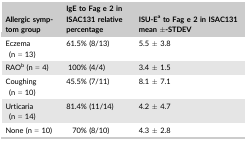
<table><thead><tr><td><b>Allergic symptom group</b></td><td><b>IgE to Fag e 2 in ISAC131 relative percentage</b></td><td><b>ISU‐Ea to Fag e 2 in ISAC131 mean ±‐STDEV</b></td></tr></thead><tbody><tr><td>Eczema (n = 13)</td><td>61.5% (8/13)</td><td>5.5 ± 3.8</td></tr><tr><td>RAOb (n = 4)</td><td>100% (4/4)</td><td>3.4 ± 1.5</td></tr><tr><td>Coughing (n = 10)</td><td>45.5% (7/11)</td><td>8.1 ± 7.1</td></tr><tr><td>Urticaria (n = 14)</td><td>81.4% (11/14)</td><td>4.2 ± 4.7</td></tr><tr><td>None (n = 10)</td><td>70% (8/10)</td><td>4.3 ± 2.8</td></tr></tbody></table>